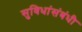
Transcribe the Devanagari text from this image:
सुविधांसंबंधी